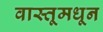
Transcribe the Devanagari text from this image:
वास्तूमधून